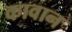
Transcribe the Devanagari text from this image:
कावान